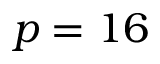
p = 1 6